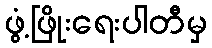
ဖွံ့ဖြိုးရေးပါတီမှ